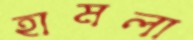
হামলা